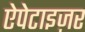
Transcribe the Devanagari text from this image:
ऐपेटाइज़र